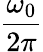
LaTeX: \frac{\omega_{0}}{2\pi}